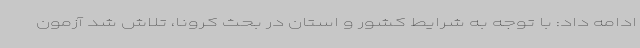
ادامه داد: با توجه به شرایط کشور و استان در بحث کرونا، تلاش شد آزمون